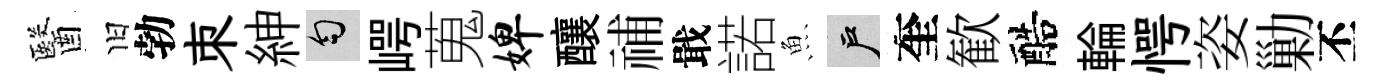
醫旧勃朿紳匀崿蒐婢釀𥙷戢諾魚户奎歓醅輪愕姿勦丕